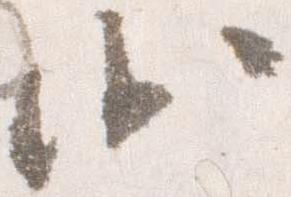
沙